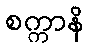
စက္ကာနိ